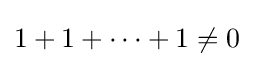
1+1+\cdots +1\neq 0